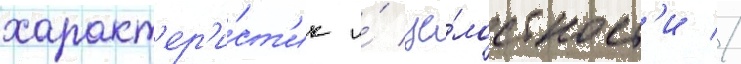
характ'ер'и́ст'ик и́ це́лостност'и //